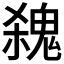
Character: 𩳃